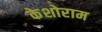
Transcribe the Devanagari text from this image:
केशोराम